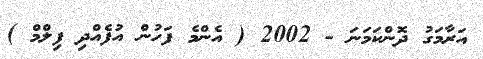
އަރާމަގު ދޮންކަމަނަ - 2002 ( އެންމެ ފަހުން އުފެއްދި ފިލްމް )